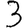
Digit: 3